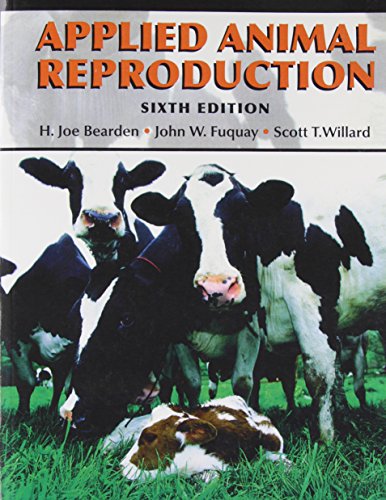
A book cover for Applied Animal Reproduction (6th Edition); H. Joe Bearden Emeritus; Medical Books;